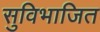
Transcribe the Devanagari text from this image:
सुविभाजित